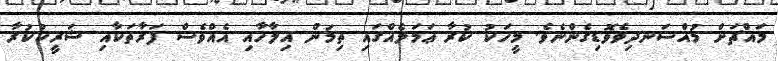
މައްޗަށް މުއްސަނދިވެވޮޑިގެންނެވެ. މީހަކު ކުރާ ޢަމަލެއްގައި ތިމަން އިލާހާއި އެއްވެސް ފަރާތަކާއި ޝަރީކުކުރާ